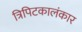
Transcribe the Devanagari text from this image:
त्रिपिटकालंकार